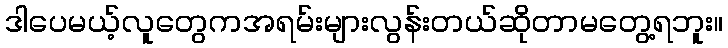
ဒါပေမယ့်လူတွေကအရမ်းများလွန်းတယ်ဆိုတာမတွေ့ရဘူး။